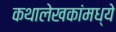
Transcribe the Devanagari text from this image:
कथालेखकांमध्ये